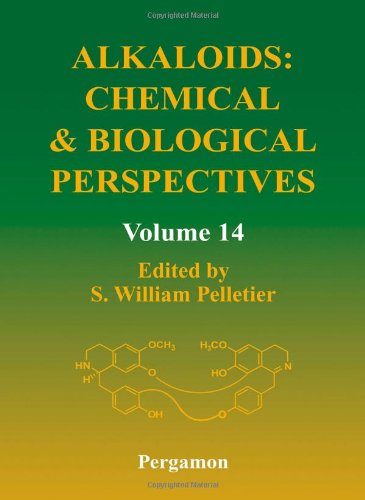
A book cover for Alkaloids: Chemical and Biological Perspectives, Volume 14; Science & Math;